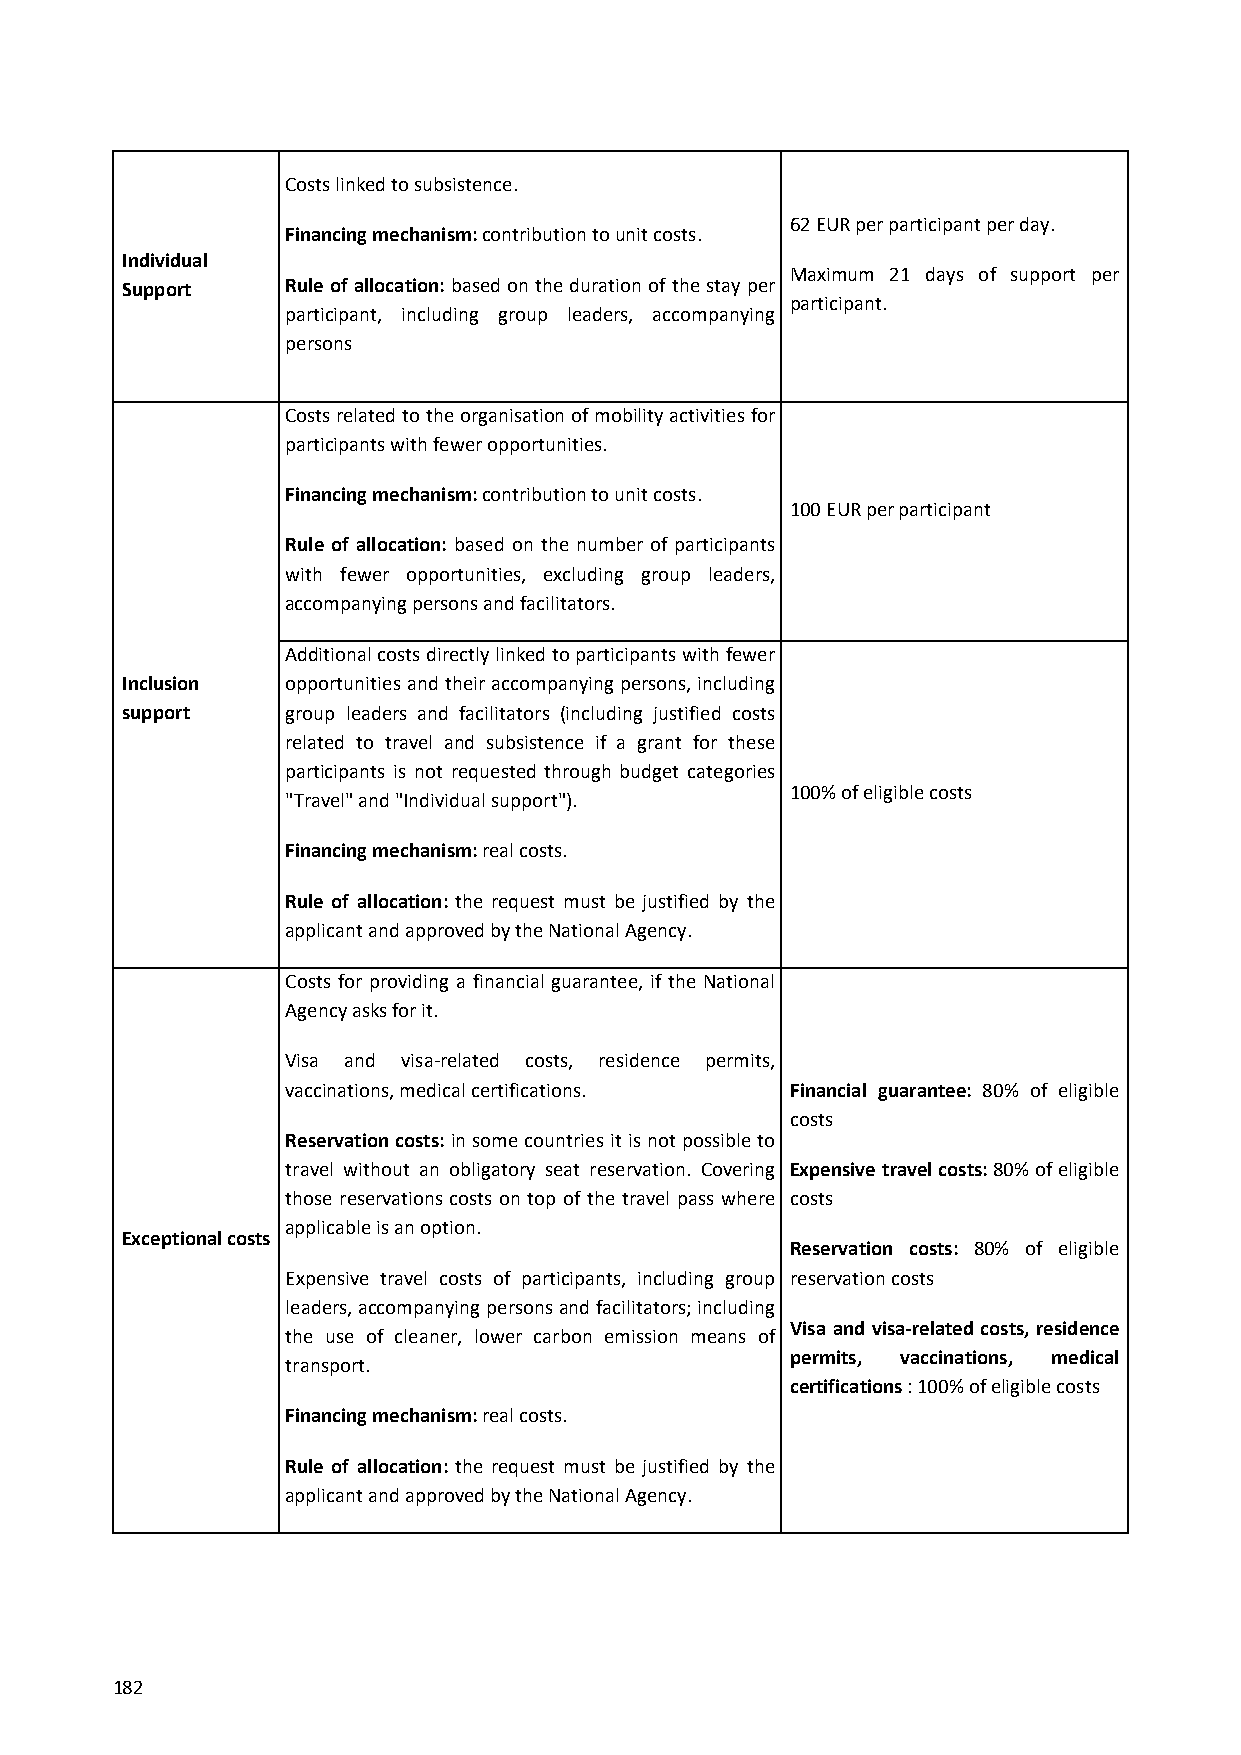
Costs linked to subsistence.
 62 EUR per participant per day.
 Financing mechanism: contribution to unit costs.
 Individual
 Maximum 21 days of support per
 Support    Rule of allocation: based on the duration of the stay per
 participant.
 participant, including group leaders, accompanying
 persons
 Costs related to the organisation of mobility activities for
 participants with fewer opportunities.
 Financing mechanism: contribution to unit costs.
 100 EUR per participant
 Rule of allocation: based on the number of participants
 with fewer opportunities, excluding group leaders,
 accompanying persons and facilitators.
 Additional costs directly linked to participants with fewer
 Inclusion  opportunities and their accompanying persons, including
 support    group leaders and facilitators (including justified costs
 related to travel and subsistence if a grant for these
 participants is not requested through budget categories
 100% of eligible costs
 "Travel" and "Individual support").
 Financing mechanism: real costs.
 Rule of allocation: the request must be justified by the
 applicant and approved by the National Agency.
 Costs for providing a financial guarantee, if the National
 Agency asks for it.
 Visa and visa‐related costs, residence permits,
 vaccinations, medical certifications. Financial guarantee: 80% of eligible
 costs
 Reservation costs: in some countries it is not possible to
 travel without an obligatory seat reservation. Covering Expensive travel costs: 80% of eligible
 those reservations costs on top of the travel pass where costs
 applicable is an option.
 Exceptional costs
 Reservation costs: 80% of eligible
 Expensive travel costs of participants, including group reservation costs
 leaders, accompanying persons and facilitators; including
 Visa and visa‐related costs, residence
 the use of cleaner, lower carbon emission means of
 permits, vaccinations, medical
 transport.
 certifications : 100% of eligible costs
 Financing mechanism: real costs.
 Rule of allocation: the request must be justified by the
 applicant and approved by the National Agency.
 182